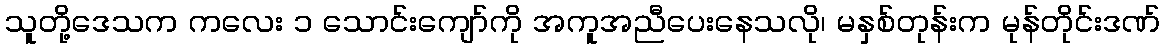
သူတို့ဒေသက ကလေး ၁ သောင်းကျော်ကို အကူအညီပေးနေသလို၊ မနှစ်တုန်းက မုန်တိုင်းဒဏ်